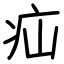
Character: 疝